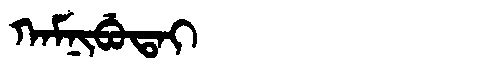
Manchu: ᡴᠠᠮᠨᡳᠪᡠᡨᠠᡳ
Romanization: KAMNIBUTAI